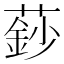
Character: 𮑍